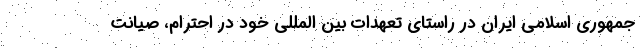
جمهوری اسلامی ایران در راستای تعهدات بین المللی خود در احترام، صیانت